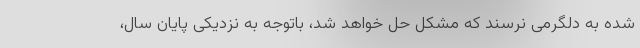
‌شده به دلگرمی نرسند که مشکل حل خواهد شد، باتوجه به نزدیکی پایان سال،